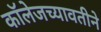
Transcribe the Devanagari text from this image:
कॉलेजच्यावतीने